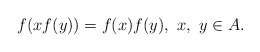
\begin{align*} f(xf(y))=f(x)f(y),\ x,\ y\in A.\end{align*}